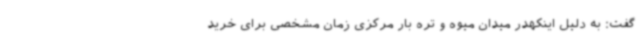
گفت: به دلیل اینکهدر میدان میوه و تره بار مرکزی زمان مشخصی برای خرید